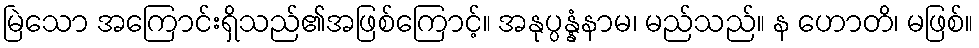
မြဲသော အကြောင်းရှိသည်၏အဖြစ်ကြောင့်။ အနုပ္ပန္နံနာမ၊ မည်သည်။ န ဟောတိ၊ မဖြစ်။